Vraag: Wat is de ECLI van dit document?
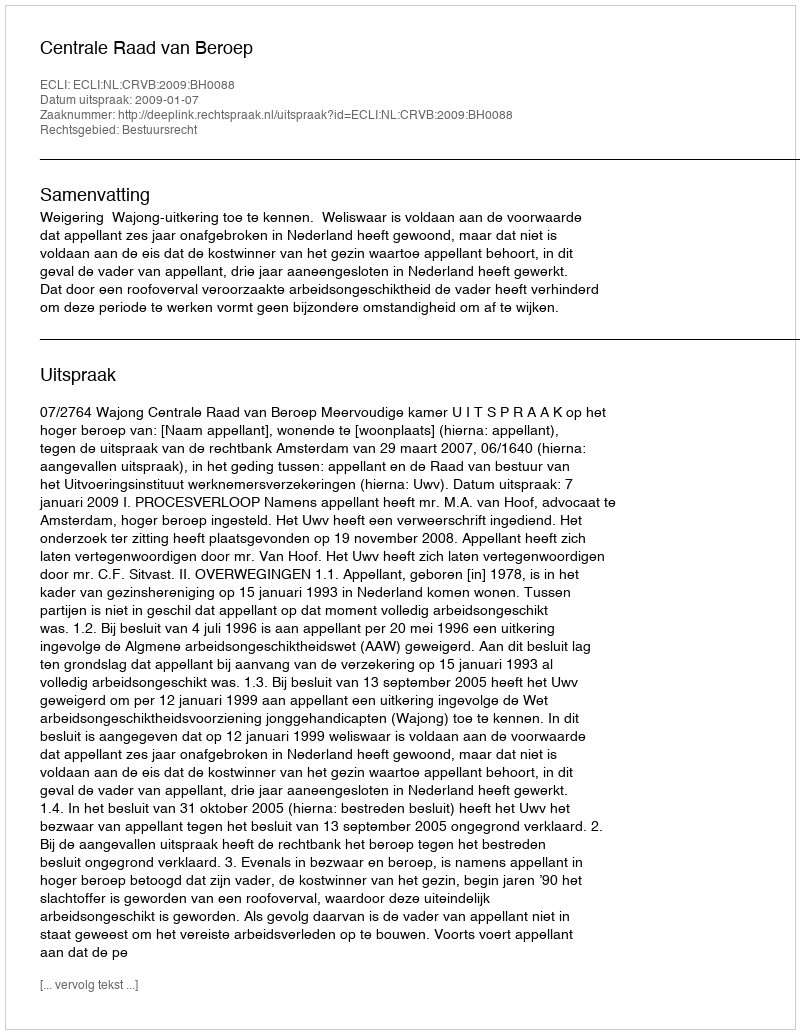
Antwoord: ECLI:NL:CRVB:2009:BH0088